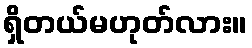
ရှိတယ်မဟုတ်လား။